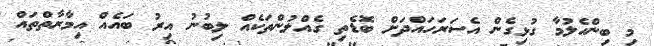
މި ބިންހެލުމާ ގުޅިގެން އެސަރަހައްދަށް ބޮޑެތި ގެއްލުންތަކެއް ލިބުނު އިރު ބައެއް އިމާރާތްތައް